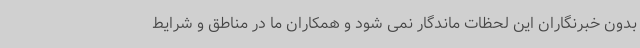
بدون خبرنگاران این لحظات ماندگار نمی شود و همکاران ما در مناطق و شرایط